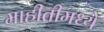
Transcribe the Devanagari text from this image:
माहीतीमध्ये